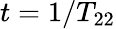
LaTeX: t=1/T_{22}